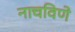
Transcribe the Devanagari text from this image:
नाचविणे